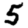
Digit: 5